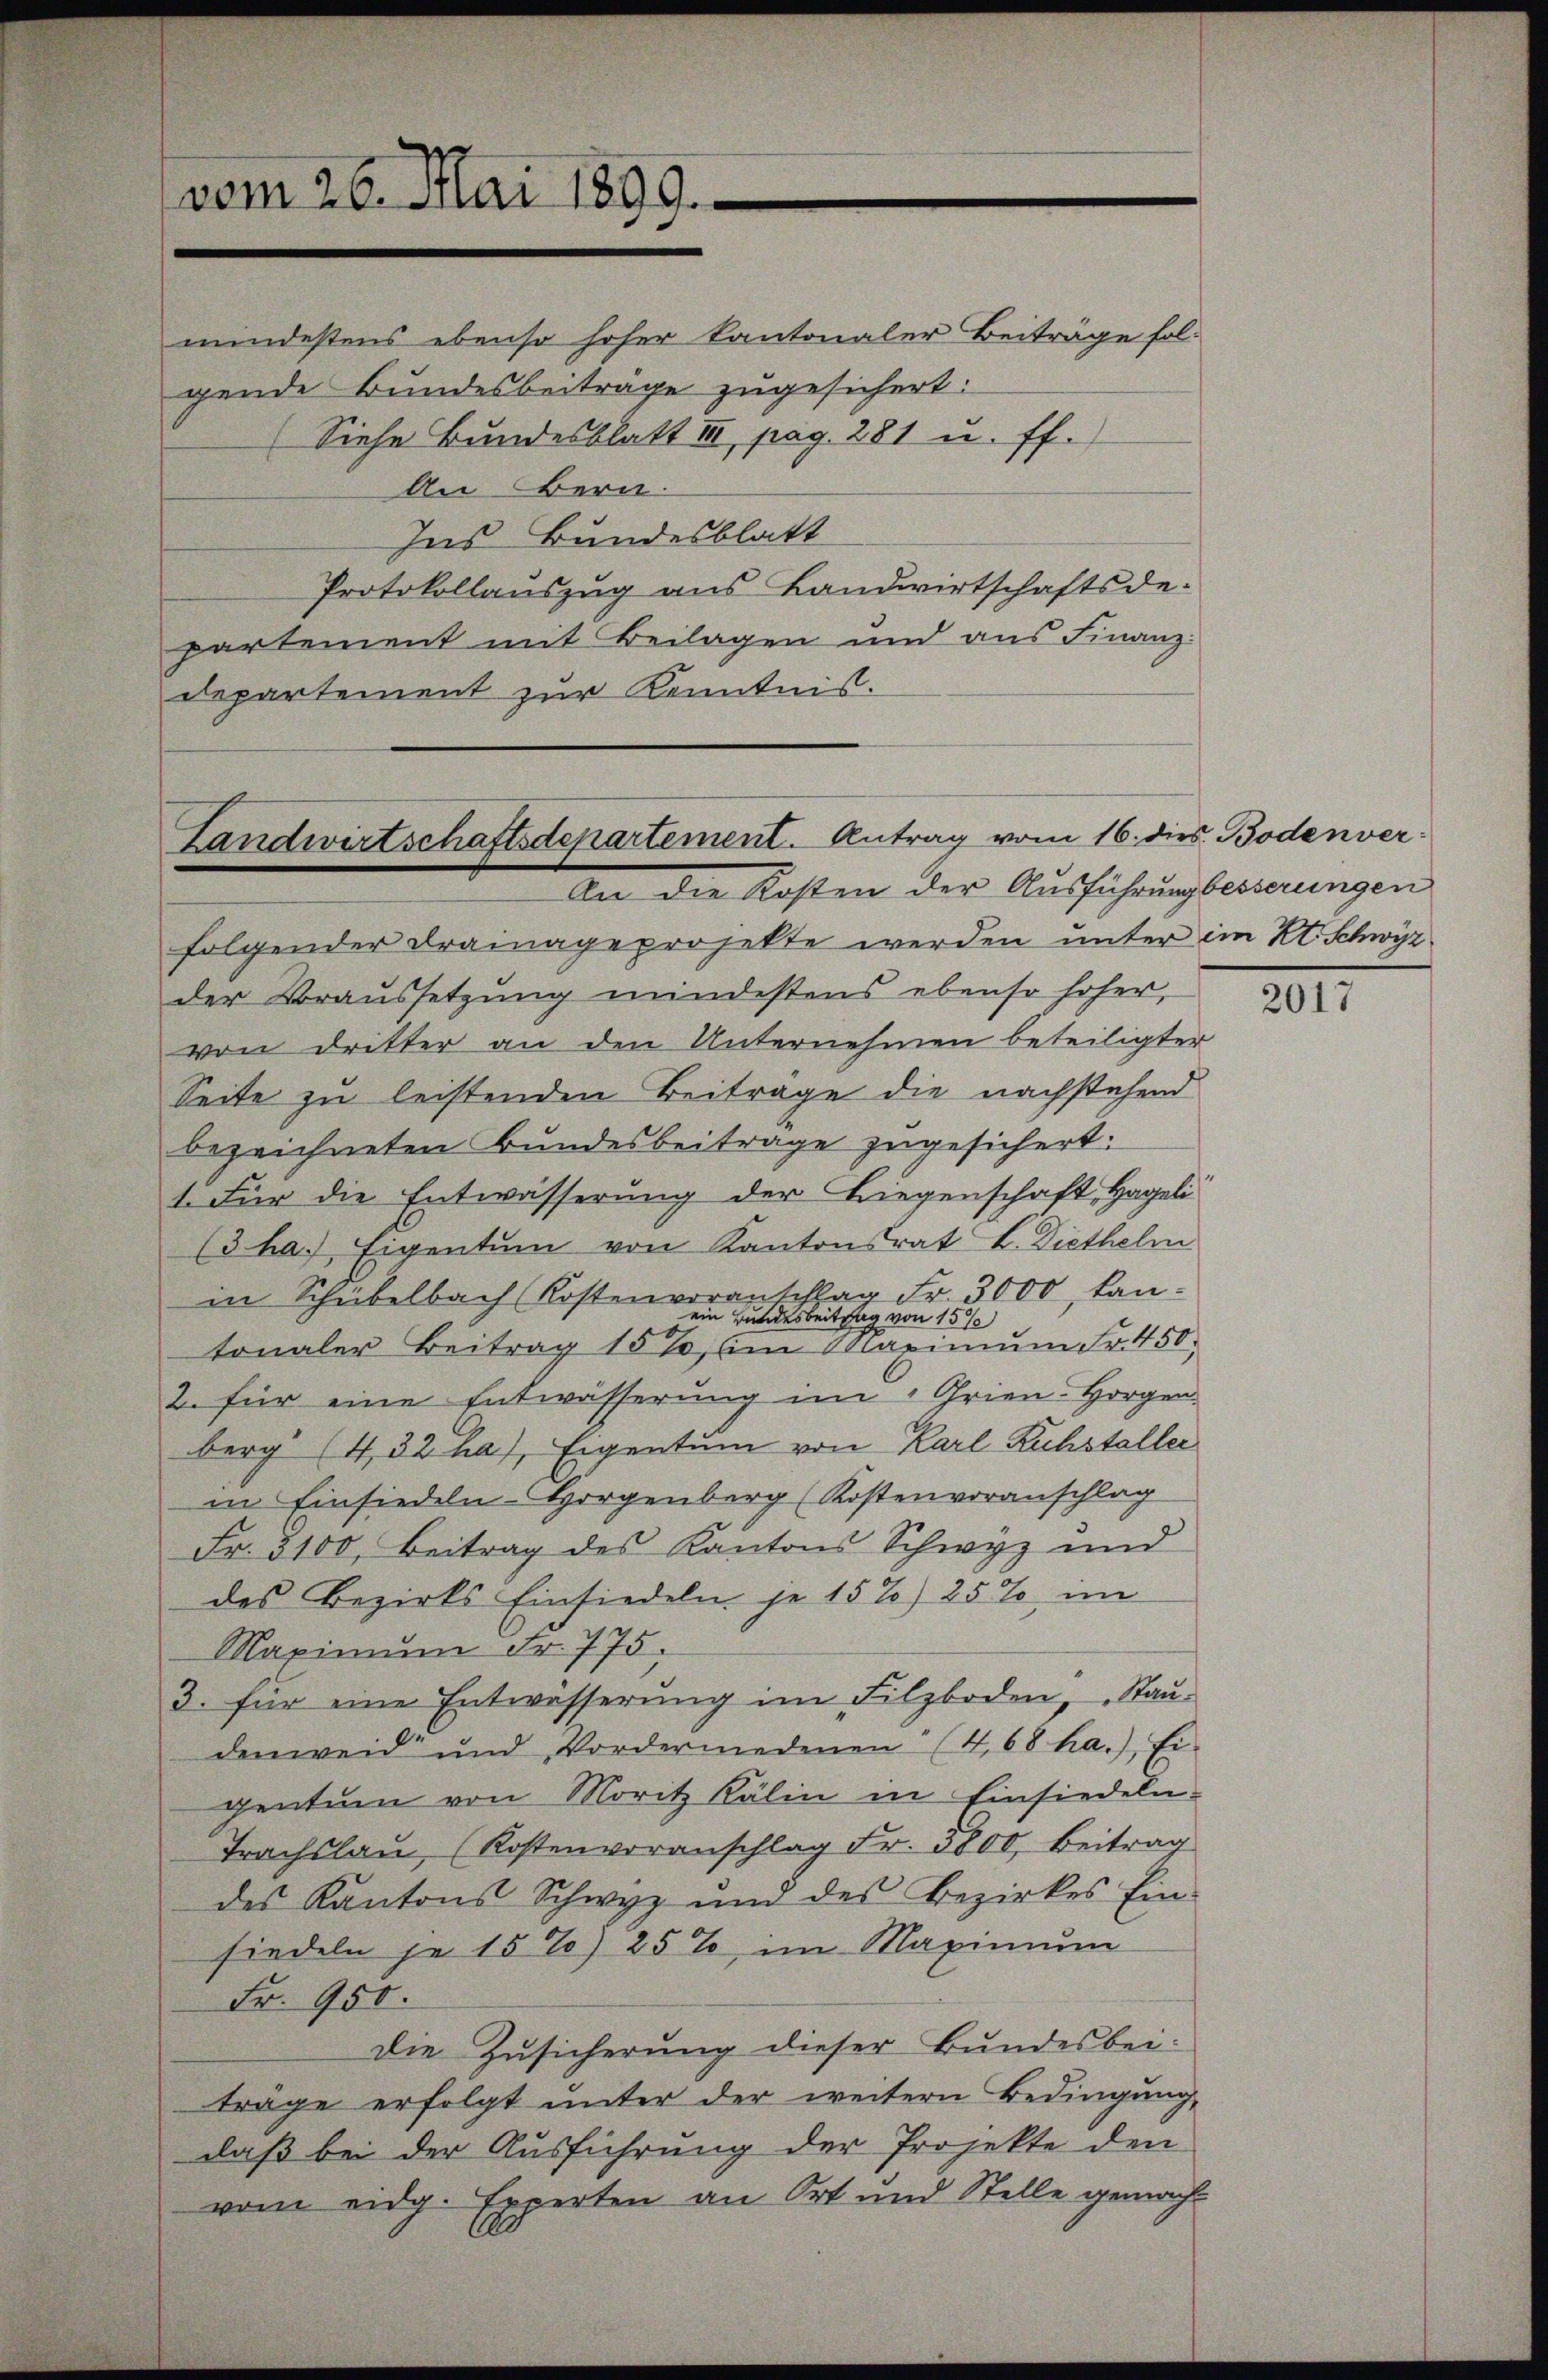
vom 26. Mai 1899.

mindestens ebenso hoher kantonaler Beiträge folgende Bundesbeiträge zugesichert:
(Siehe Bundesblatt III pag. 281 u. ff.
An Bern.
Ins Bundesblatt
Protokollauszug aus Landwirtschaftsde-
partement mit Beilagen und aus Finanzdepartement zur Kenntnis.

Landwirtschaftsdepartement. Antrag vom 16. dies. Bodenver¬
An die Kosten der Ausführung besserungen

folgender Frainage projekte werden unter im Kt. Schwyz
der Voraussetzŭng mindestens ebenso hoher,
von dritter an den Unternehmen beteiligter
Seite zu leistenden Beitrage die nachstehend
bezeichneten Bundesbeitrage zugesichert.
1. Für die Entwässerung der Liegenschaft, Hageli
(3 ha. Eigentum von Kantonsrat L. Diethelm
in Schübelbach Kostenvoranschlag Fr. 3000, Laneim Bundesbeitrag von 15%
tonaler Beitrag 15%, (im Maximŭm Fr. 450.
2. für eine Entwässerung im " Grien-Horgen
berg (432 ha), Eigentum von Karl Ruhstaller
in Einsiedeln-Horgenberg (Kostenvoranschlag
Fr. 3100, Beitrag des Kantons Schwyz und
des Bezirks Einsiedeln je 15%) 25% im
Maximŭm Fr. 775.
3. für eine Entwässerung im Filzboden Stau-
denweid und Vordermedenen (468 ha.), Ei-
gentum von Moritz Kälin in Einsiedeln-
Trachslau (Kostenvoranschlag Fr. 5800, Beitrag
des Kantons Schwyz und des Bezirkes Ein-
siedeln je 15%) 25%, im Maximum
Fr. 950.
Die Zusicherung dieser Bundesbei-
träge erfolgt ŭnter der weitern Bedingŭng,
daß bei der Ausführung der Projekte den
vom eidg. Experten an Ort und Stelle gemacht

2017